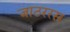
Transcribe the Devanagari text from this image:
जाठररस